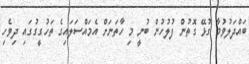
ބައްދަލުވުމާ ގުޅޭ ގޮތުން ފުލުހުން ބުނީ މި ހާތަނަށް އެމައްސަލައިގެ ތަހުގީގުގައި ދިވެހި